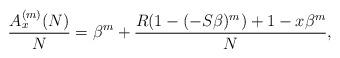
LaTeX: \begin{align*} \frac{A_x^{(m)}(N)}N =\beta^m+\frac{R(1-(-S\beta)^m)+1-x\beta^m}N,\end{align*}